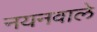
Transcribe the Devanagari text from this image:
नयनवाले